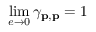
\operatorname* { l i m } _ { e \to 0 } \gamma _ { \mathbf { p } , \mathbf { p } } = 1